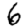
Digit: 6